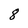
Character: 8